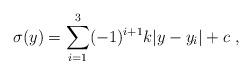
LaTeX: \begin{align*}\sigma (y) = \sum_{i=1}^{3} (-1)^{i+1} k |y-y_i| + c ~,~\,\end{align*}